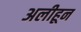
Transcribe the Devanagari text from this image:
अलीहून